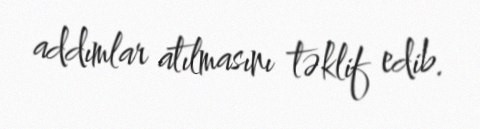
addımlar atılmasını təklif edib.